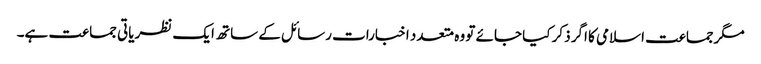
مگرجماعت اسلامی کا اگر ذکر کیا جائے تو وہ متعدد اخبارات رسائل کے ساتھ ایک نظریاتی جماعت ہے۔